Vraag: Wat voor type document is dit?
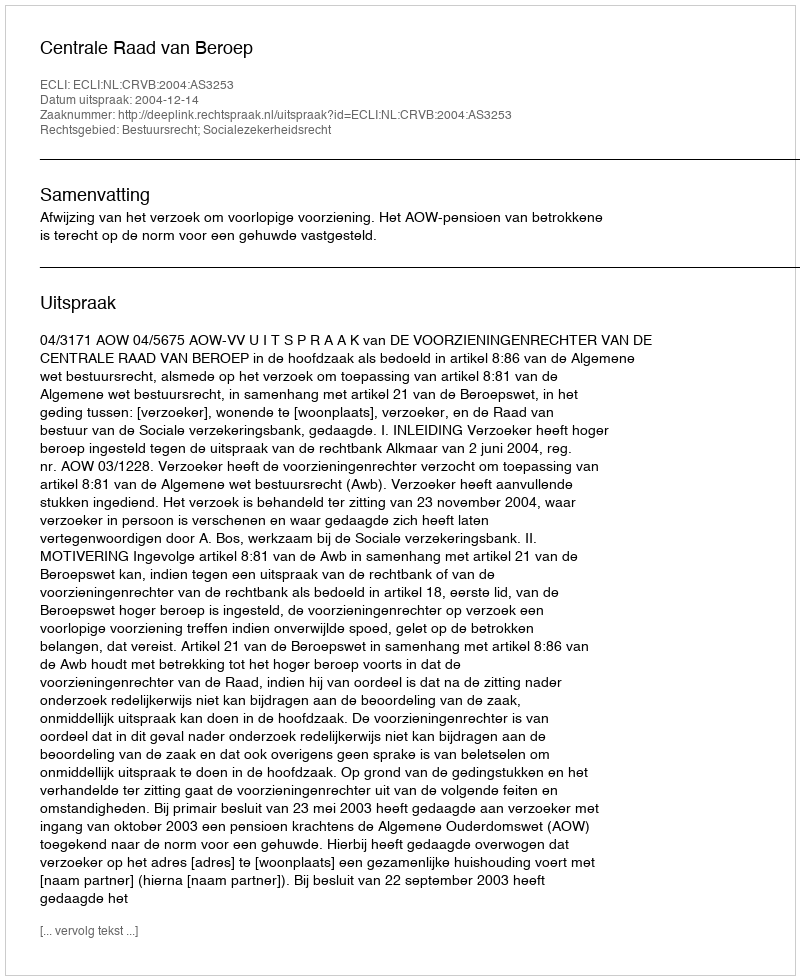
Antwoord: Uitspraak